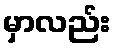
မှာလည်း